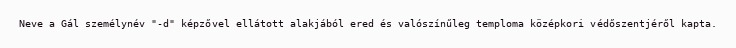
Neve a Gál személynév "-d" képzővel ellátott alakjából ered és valószínűleg temploma középkori védőszentjéről kapta.